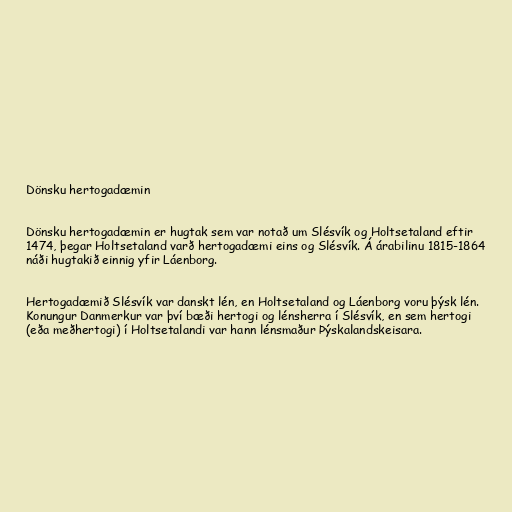
Dönsku hertogadæmin

Dönsku hertogadæmin er hugtak sem var notað um Slésvík og Holtsetaland eftir
1474, þegar Holtsetaland varð hertogadæmi eins og Slésvík. Á árabilinu 1815-1864
náði hugtakið einnig yfir Láenborg.

Hertogadæmið Slésvík var danskt lén, en Holtsetaland og Láenborg voru þýsk lén.
Konungur Danmerkur var því bæði hertogi og lénsherra í Slésvík, en sem hertogi
(eða meðhertogi) í Holtsetalandi var hann lénsmaður Þýskalandskeisara.